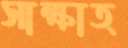
সাক্ষাত্